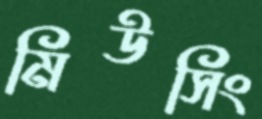
মিউসিং